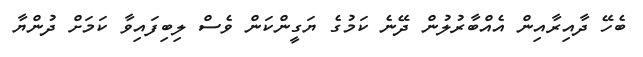
ބެހޭ ދާއިރާއިން އެއްބާރުލުން ދޭނެ ކަމުގެ ޔަގީންކަން ވެސް ލިބިފައިވާ ކަމަށް ދުންޔާ